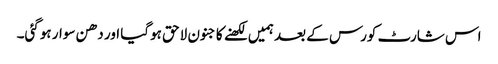
اس شارٹ کورس کے بعد ہمیں لکھنے کا جنون لاحق ہوگیا اور دھن سوار ہوگئی۔